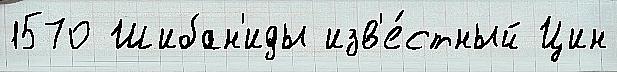
1570 Шибан'иды изв'е́стный Цин